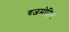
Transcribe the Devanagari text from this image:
गजमोतिन